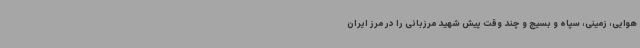
هوایی، زمینی، سپاه و بسیج و چند وقت پیش شهید مرزبانی را در مرز ایران